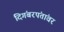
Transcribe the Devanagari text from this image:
दिगंबरपंतांवर